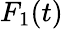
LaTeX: F_{1}(t)